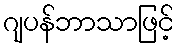
ဂျပန်ဘာသာဖြင့်